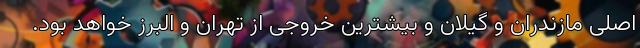
اصلی مازندران و گیلان و بیشترین خروجی از تهران و البرز خواهد بود.